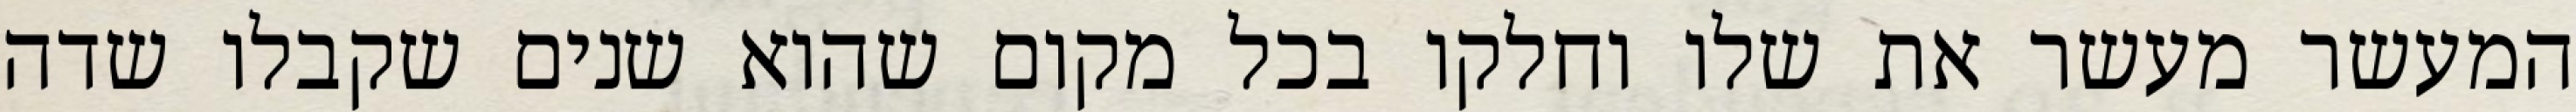
המעשר מעשר את שלו וחלקו בכל מקום שהוא שנים שקבלו שדה